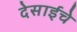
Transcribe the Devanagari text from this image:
देसाईचे